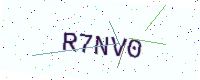
Text: R7NV0